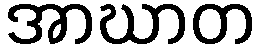
အာဃာတ